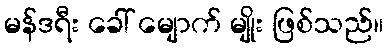
မန်ဒရီး ခေါ် မျောက် မျိုး ဖြစ်သည်။